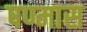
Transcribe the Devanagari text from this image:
षण्मास